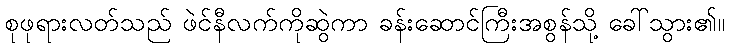
စုဖုရားလတ်သည် ဖဲင်နီလက်ကိုဆွဲကာ ခန်းဆောင်ကြီးအစွန်သို့ ခေါ်သွား၏။